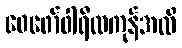
ဖေဖော်ဝါရီလကုန်အထိ